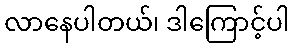
လာနေပါတယ်၊ ဒါကြောင့်ပါ